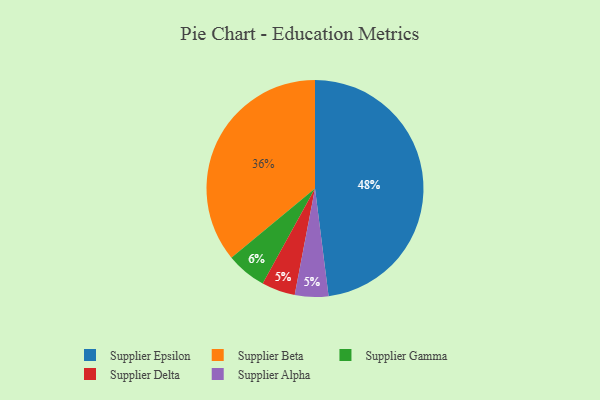
{"axis": {"x": "Category", "y": "Percentage"}, "legend": ["Supplier Alpha", "Supplier Beta", "Supplier Delta", "Supplier Epsilon", "Supplier Gamma"], "data": [{"x": "Supplier Beta", "y": 36, "type": "Supplier Beta"}, {"x": "Supplier Epsilon", "y": 48, "type": "Supplier Epsilon"}, {"x": "Supplier Delta", "y": 5, "type": "Supplier Delta"}, {"x": "Supplier Alpha", "y": 5, "type": "Supplier Alpha"}, {"x": "Supplier Gamma", "y": 6, "type": "Supplier Gamma"}]}